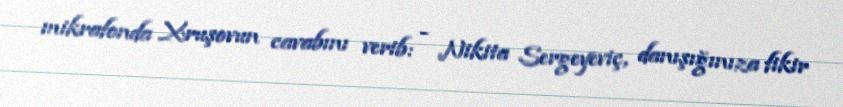
mikrafonda Xruşovun cavabını verib: - Nikita Sergeyeviç, danışığınıza fikir